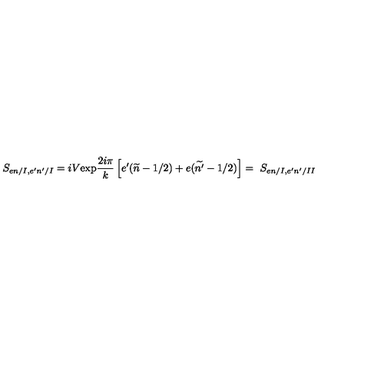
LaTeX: S _ { e n / I , e ^ { \prime } n ^ { \prime } / I } = i V \mathrm { e x p } \frac { 2 i \pi } { k } \left[ e ^ { \prime } ( \widetilde { n } - 1 / 2 ) + e ( \widetilde { n ^ { \prime } } - 1 / 2 ) \right] = \ S _ { e n / I , e ^ { \prime } n ^ { \prime } / I I }